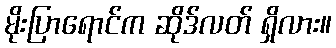
မိုးပြာရောင်က ဆိုဒ်လတ် ရှိလား။